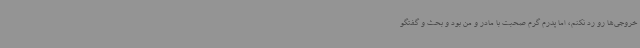
خروجی‌ها رو رد نکنم، اما پدرم گرم صحبت با مادر و من بود و بحث و گفتگو